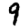
Digit: 9